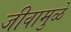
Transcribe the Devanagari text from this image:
जीवामुळे